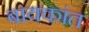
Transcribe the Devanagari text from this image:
बायकांत